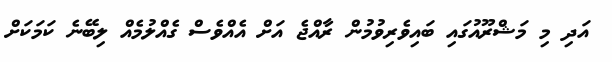
އަދި މި މަޝްރޫއުގައި ބައިވެރިވުމުން ރާއްޖެ އަށް އެއްވެސް ގެއްލުމެއް ލިބޭނެ ކަމަކަށް